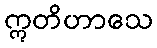
ဣတိဟာသေ